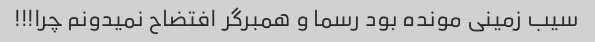
سیب زمینی مونده بود رسما و همبرگر افتضاح نمیدونم چرا!!!